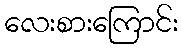
လေးစားကြောင်း